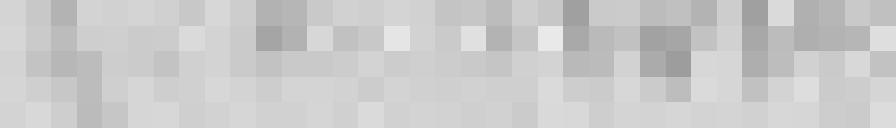
sortie : 50 litres